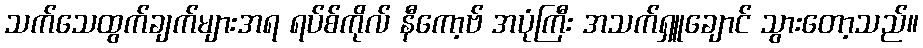
သက်သေထွက်ချက်များအရ ရပ်စ်ကိုလ် နီကော့ဗ် အပုံကြီး အသက်ရှူချောင် သွားတော့သည်။